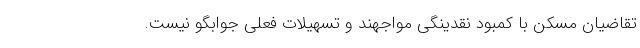
تقاضیان مسکن با کمبود نقدینگی مواجهند و تسهیلات فعلی جوابگو نیست.